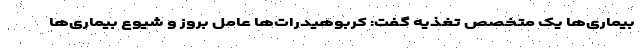
بیماری‌ها یک متخصص تغذیه گفت: کربوهیدرات‌ها عامل بروز و شیوع بیماری‌ها